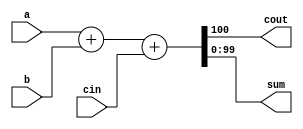
//
//
// https://hdlbits.01xz.net/wiki/Adder100
//
//

`default_nettype none

module top_module (
    input   [99:0]  a,
    input   [99:0]  b,
    input           cin,
    output          cout,
    output  [99:0]  sum
);

    assign {cout, sum} = a + b + {99'b0, cin};

endmodule